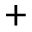
^ +